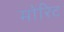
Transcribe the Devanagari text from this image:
मोरिट